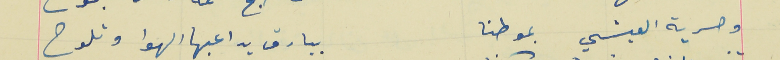
وحرية العيشي بموطنا                                                 بيارق يداعبها الهوا وتلوح